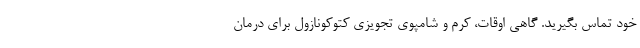
خود تماس بگیرید. گاهی اوقات، کرم و شامپوی تجویزی کتوکونازول برای درمان